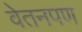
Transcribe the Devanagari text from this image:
वेतनपण